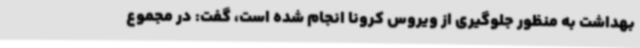
بهداشت به منظور جلوگیری از ویروس کرونا انجام شده است، گفت: در مجموع